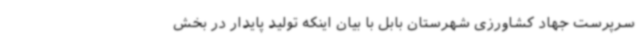
سرپرست جهاد کشاورزی شهرستان بابل با بیان اینکه تولید پایدار در بخش